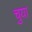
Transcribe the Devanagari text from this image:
चुया